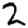
Digit: 2